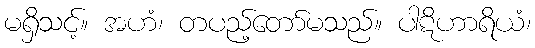
မရှိသင့်။ အဟံ၊ တပည့်တော်မသည်။ ပါဋိဟာရိယံ၊